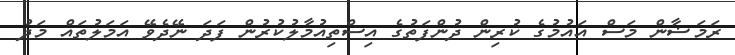
ރަމަޟާން މަސް އައުމުގެ ކުރިން ދުންފަތުގެ އިސްތިއުމާލުކުރުން ފަދަ ނޭދެވޭ އަމަލުތައް މަދު